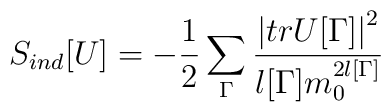
S_{ind}[U] = - \frac{1}{2}\sum_{\Gamma} \frac{\left|tr U[\Gamma]\right|^2}{l[\Gamma] m_0^{2 l[\Gamma]}}